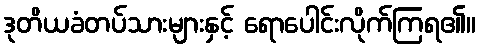
ဒုတိယခံတပ်သားများနှင့် ရောပေါင်းလိုက်ကြရ၏။